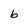
Character: b